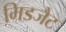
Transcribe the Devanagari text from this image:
मिडजैट